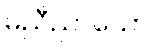
မညီညာသော